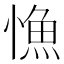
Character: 𢠐